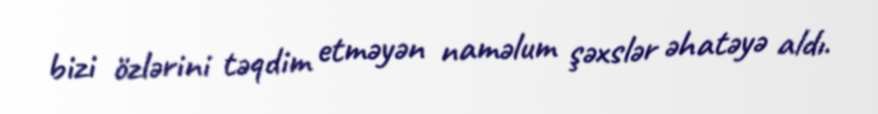
bizi özlərini təqdim etməyən naməlum şəxslər əhatəyə aldı.